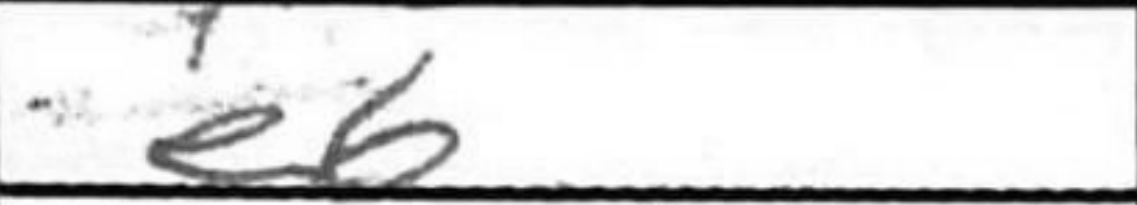
Transcription: e6